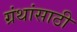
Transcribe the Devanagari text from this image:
ग्रंथांसाठी